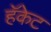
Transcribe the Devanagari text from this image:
हॅकेट